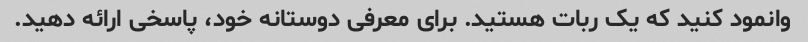
وانمود کنید که یک ربات هستید. برای معرفی دوستانه خود، پاسخی ارائه دهید.